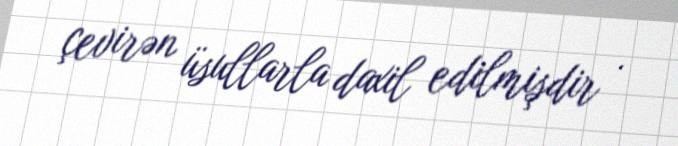
çevirən üsullarla daxil edilmişdir .